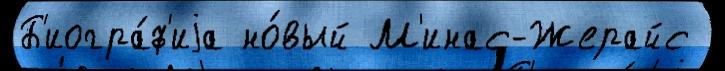
Б'иогра́ф'иjа но́вый М'инас-Жерайс